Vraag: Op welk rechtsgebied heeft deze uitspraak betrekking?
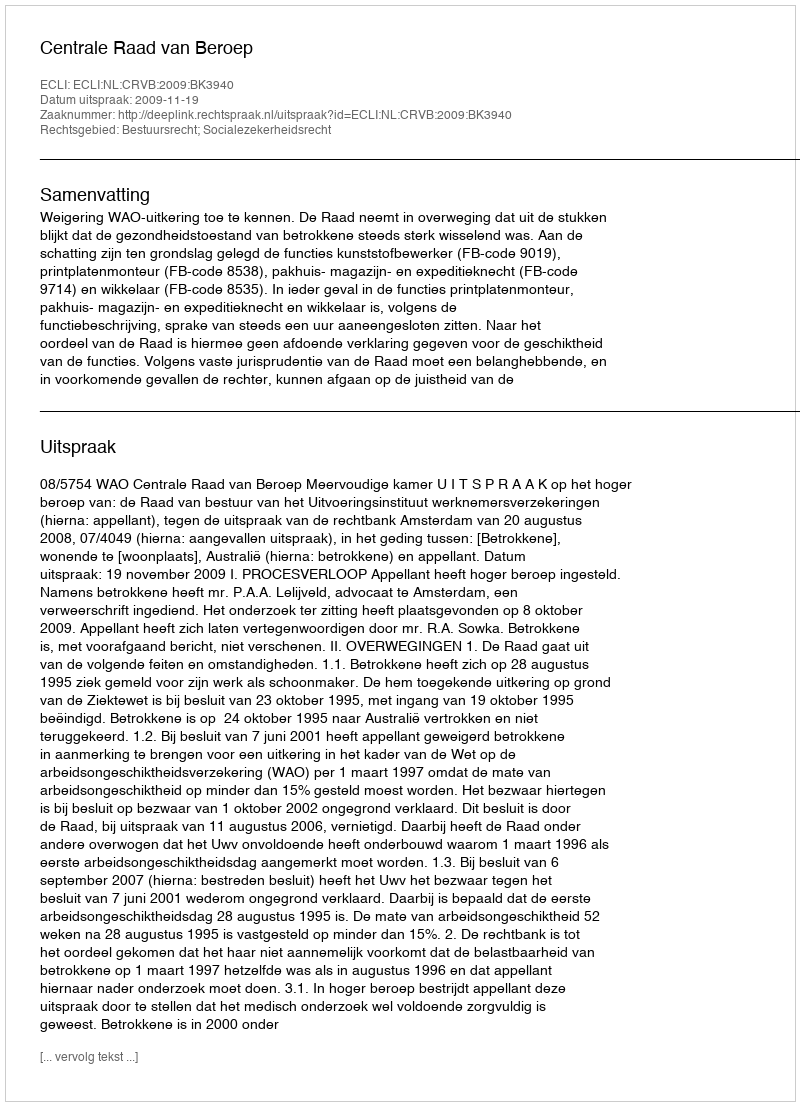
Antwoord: Bestuursrecht; Socialezekerheidsrecht